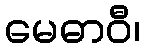
မေဓာဝီ၊